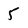
Character: 5